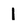
Character: l